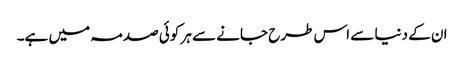
ان کے دنیا سے اس طرح جانے سے ہر کوئی صدمہ میں ہے۔